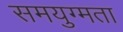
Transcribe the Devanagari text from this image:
समयुग्मता